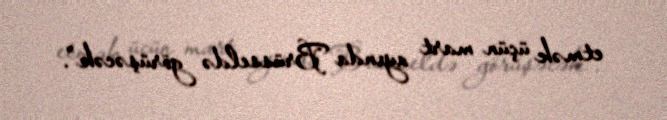
etmək üçün mart ayında Brüsseldə görüşəcək”.